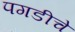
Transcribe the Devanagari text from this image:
पगडीचे